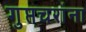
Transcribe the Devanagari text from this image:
गुप्तचरांना